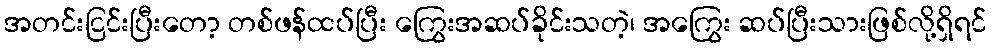
အတင်းငြင်းပြီးတော့ တစ်ဖန်ထပ်ပြီး ကြွေးအဆပ်ခိုင်းသတဲ့၊ အကြွေး ဆပ်ပြီးသားဖြစ်လို့ရှိရင်